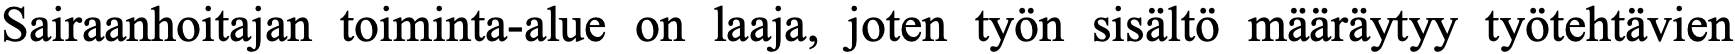
Sairaanhoitajan toiminta-alue on laaja, joten työn sisältö määräytyy työtehtävien